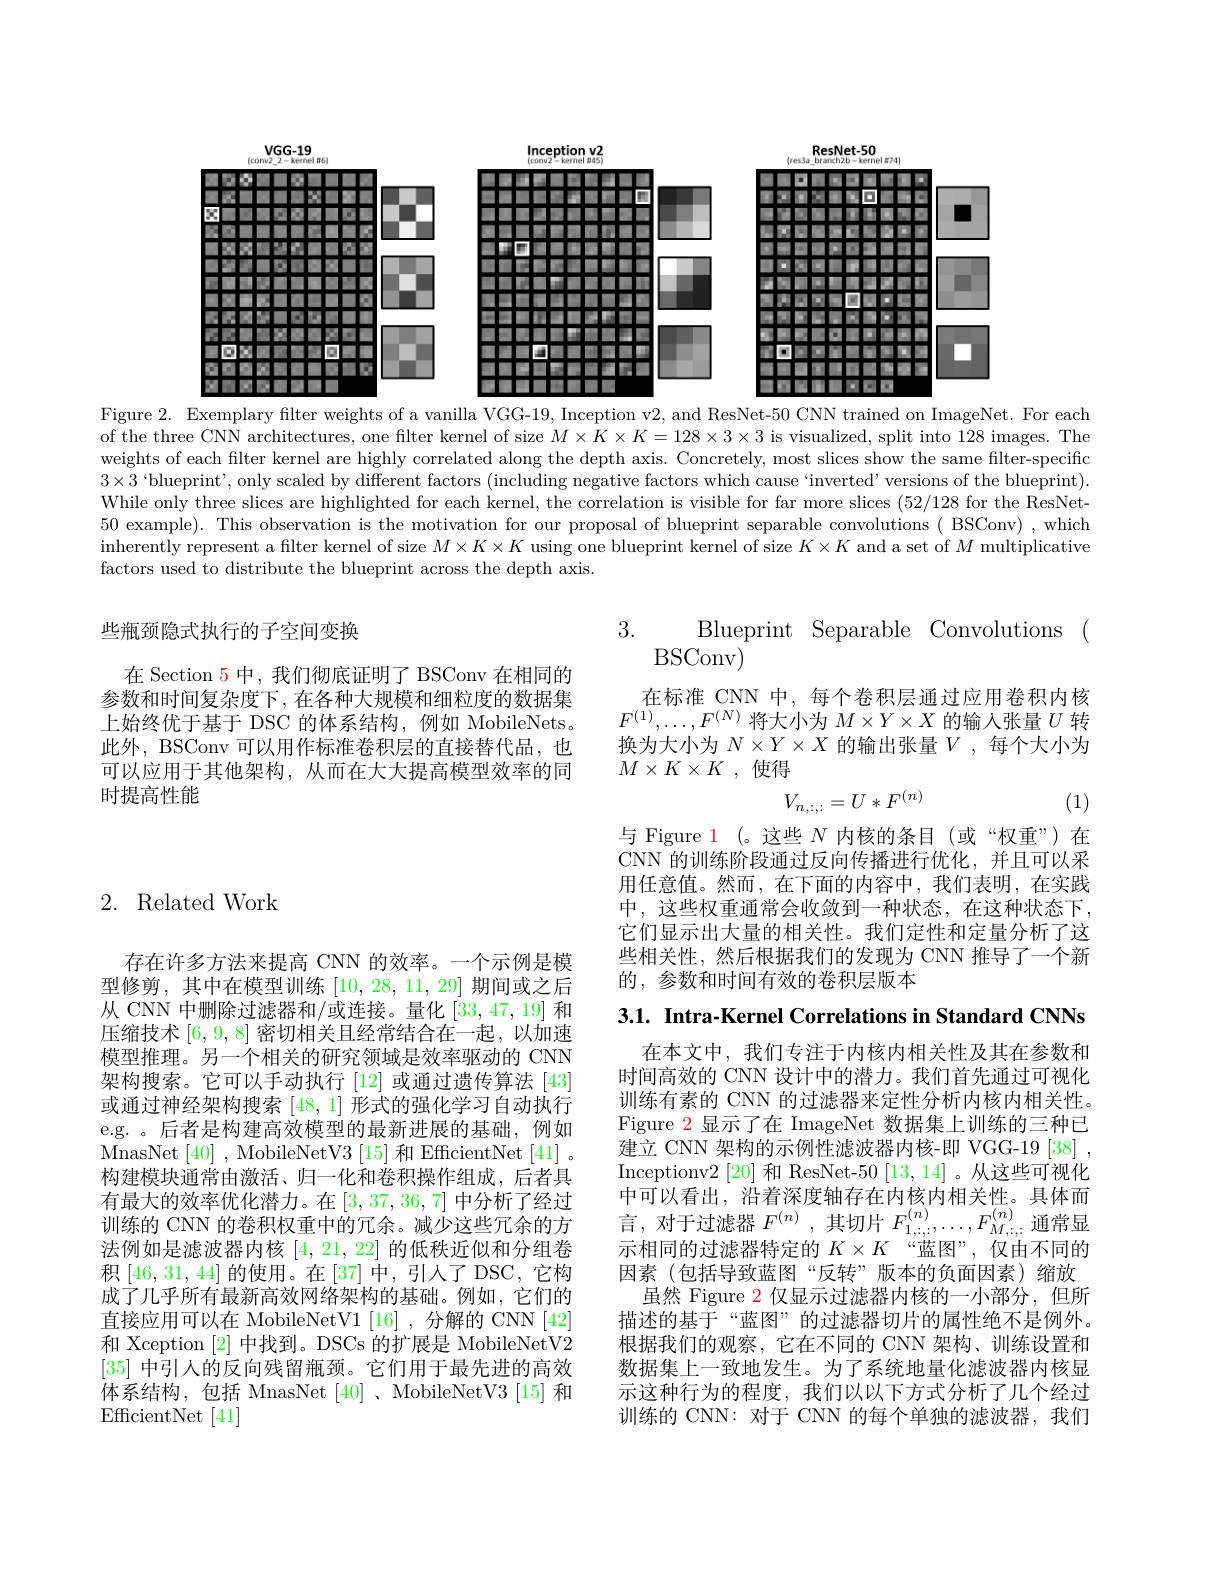
<FigureHere>
Figure 2. Exemplary filter weights of a vanilla VGG-19, Inception v2, and ResNet-50 CNN trained on ImageNet. For each

of the three CNN architectures, one filter kernel of size $M\times K\times K=128\times3\times3$ is visualized, split into 128 images. The weights of each filter kernel are highly correlated along the depth axis. Concretely, most slices show the same filter-specifice of $3\times3$ “blueprint’, only scaled by different factors (including negative factors which cause `inverted' versions of the blueprint). While only three slices are highlighted for each kernel, the correlation is visible for far more slices (52/128 for the ResNet- 50 example). This observation is the motivation for our proposal of blueprint separable convolutions ( BSConv) , which inherently represent a filter kernel of size $M\times K\times K$ using one blueprint kernel of size $K\times K$ and a set of $M$ multiplicative factors used to distribute the blueprint across the depth axis.

## 些瓶颈隐式执行的子空间变换

3.
Blueprint Separable Convolutions (
BSConv)

在标准 CNN 中，每个卷积层通过应用卷积内核$F^{(1)},\ldots,F^{(N)}$将大小为$M\times Y\times X$的输入张量$U$ 转换为大小为$N\times Y\times X$的输出张量$V$ ,每个大小为$M\times K\times K$ ,使得
$$V_{n,:,:}=U*F^{(n)}$$
在 Section 5 中，我们彻底证明了 BSConv 在相同的参数和时间复杂度下，在各种大规模和细粒度的数据集上始终优于基于 DSC 的体系结构，例如 MobileNets。此外，BSConv 可以用作标准卷积层的直接替代品，也可以应用于其他架构，从而在大大提高模型效率的同时提高性能

(1)

## 2. Related Work

与 Figure 1(。这些$N$内核的条目(或“权重”)在CNN 的训练阶段通过反向传播进行优化，并且可以采用任意值。然而，在下面的内容中，我们表明，在实践中，这些权重通常会收敛到一种状态，在这种状态下， 它们显示出大量的相关性。我们定性和定量分析了这些相关性，然后根据我们的发现为 CNN 推导了一个新的，参数和时间有效的卷积层版本

3.1. Intra-Kernel Correlations in Standard CNNs

存在许多方法来提高 CNN 的效率。一个示例是模型修剪，其中在模型训练$\left[10,28,11,29\right]$期间或之后从 CNN 中删除过滤器和/或连接。量化[33,47,19]和压缩技术[6,9,8]密切相关且经常结合在一起，以加速模型推理。另一个相关的研究领域是效率驱动的 CNN 架构搜索。它可以手动执行 [12] 或通过遗传算法 [43] 或通过神经架构搜索[48,1]形式的强化学习自动执行e.g. 。后者是构建高效模型的最新进展的基础，例如MnasNet [40], MobileNetV3 [15] 和 EfficientNet [41] 。构建模块通常由激活、归一化和卷积操作组成，后者具有最大的效率优化潜力。在[3,37,36,7] 中分析了经过训练的 CNN 的卷积权重中的冗余。减少这些冗余的方法例如是滤波器内核[4,21,22]的低秩近似和分组卷积[46,31,44]的使用。在[37]中，引入了 DSC, 它构成了几乎所有最新高效网络架构的基础。例如，它们的直接应用可以在 MobileNetV1 [16] , 分解的 CNN [42] 和 Xception [2]中找到。DSCs 的扩展是 MobileNetV2 [35]中引入的反向残留瓶颈。它们用于最先进的高效体系结构，包括 MnasNet [40]、MobileNetV3[15]和$\operatorname{EfficientNet}[41]$

在本文中，我们专注于内核内相关性及其在参数和时间高效的 CNN 设计中的潜力。我们首先通过可视化训练有素的 CNN 的过滤器来定性分析内核内相关性。Figure 2 显示了在 ImageNet 数据集上训练的三种已建立 CNN 架构的示例性滤波器内核-即 VGG-19 [38] , Inceptionv2 [20] 和 ResNet-50 [13,14] 。从这些可视化中可以看出，沿着深度轴存在内核内相关性。具体而言，对于过滤器$F^{(n)}$,其切片$F_1,\ldots,F_{M,\ldots}^{(n)}$通常显示相同的过滤器特定的$K\times K$ “蓝图”,仅由不同的因素(包括导致蓝图“反转”版本的负面因素)缩放
虽然 Figure 2 仅显示过滤器内核的一小部分，但所描述的基于“蓝图”的过滤器切片的属性绝不是例外。根据我们的观察，它在不同的 CNN 架构、训练设置和数据集上一致地发生。为了系统地量化滤波器内核显示这种行为的程度，我们以以下方式分析了几个经过训练的 CNN: 对于 CNN 的每个单独的滤波器，我们